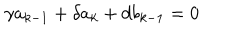
\gamma a _ { k - 1 } + \delta a _ { k } + d b _ { k - 1 } = 0